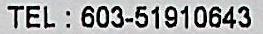
TEL: 603-51910643